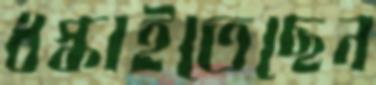
ধস্‌কাইতেছেন